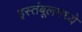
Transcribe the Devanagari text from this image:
इस्तंबूलमध्ये